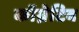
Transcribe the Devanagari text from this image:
कॉग्नेटिव